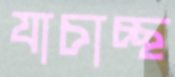
যাচাচ্ছ